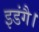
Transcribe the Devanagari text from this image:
इडंगै।